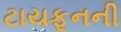
ટાયફૂનની